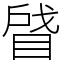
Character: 䁉